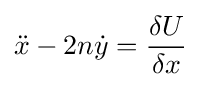
{\ddot {x}}-2n{\dot {y}}={\frac {\delta U}{\delta x}}